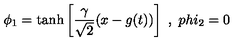
\phi _ { 1 } = \tanh \left[ { \frac { \gamma } { \sqrt { 2 } } } ( x - g ( t ) ) \right] \ , \ p h i _ { 2 } = 0